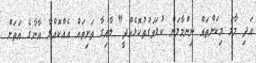
އަދި މާމަ މިކަންތައް ނިންމާލަން ކުޑަވަގުތުކޮޅެއްދީ" ލާއިގާ ތަށިތައް އެއްކޮއްލާ އާނާގެ އަތަށް